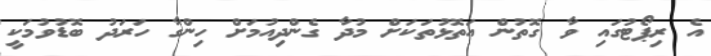
އެ ރިޕޯޓުގައި ވާ ގޮތުން އަތޮޅުތަކަށް މުދާ ގެންދިއުމަށް ހިންގާ ހަރަދު ބޮޑުވުމަކީ